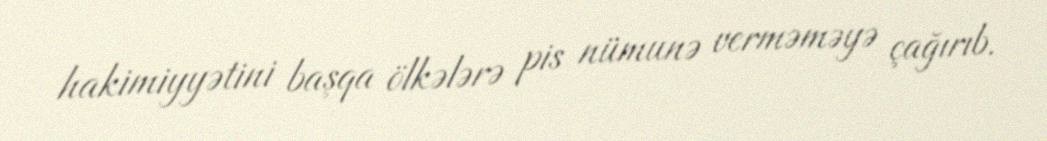
hakimiyyətini başqa ölkələrə pis nümunə verməməyə çağırıb.